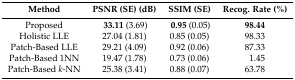
| Method | PSNR (SE) (dB) | SSIM (SE) | Recog. Rate (%) |
 | --- | --- | --- | --- |
 | Proposed | 33.11 (3.69) | 0.95 (0.05) | 98.44 |
 | Holistic LLE | 27.04 (1.81) | 0.85 (0.05) | 98.33 |
 | Patch-Based LLE | 29.21 (4.09) | 0.92 (0.06) | 87.33 |
 | Patch-Based 1NN | 19.47 (1.78) | 0.73 (0.06) | 1.45 |
 | Patch-Based k-NN | 25.38 (3.41) | 0.88 (0.07) | 63.78 |